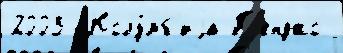
2003- Колу́мб'иjа П'енджо